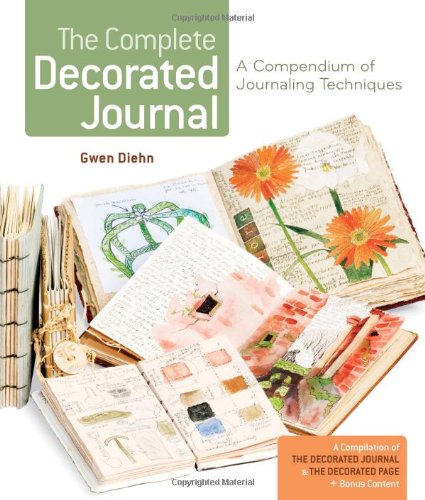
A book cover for The Complete Decorated Journal: A Compendium of Journaling Techniques; Gwen Diehn; Crafts, Hobbies & Home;